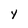
Character: Y